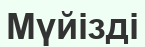
Мүйізді